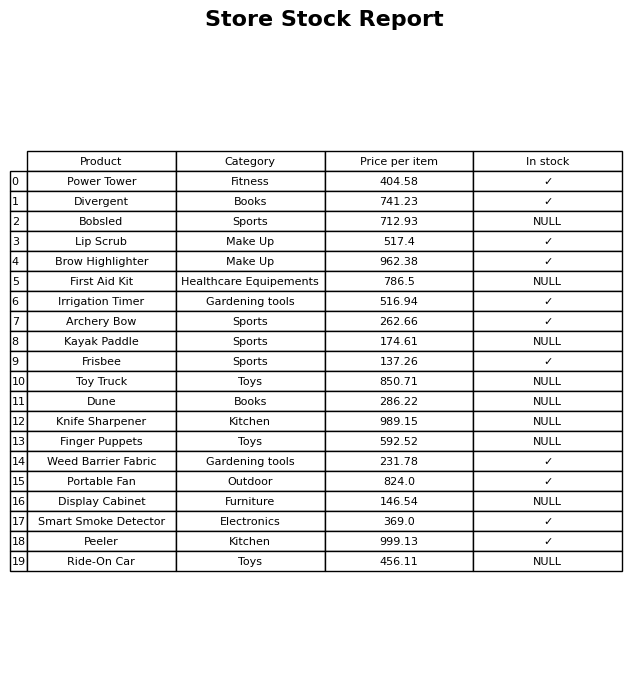
question: Is the Ride-On Car in stock?
answer: NULL